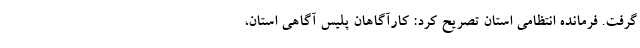
گرفت. فرمانده انتظامی استان تصریح کرد: کارآگاهان پلیس آگاهی استان،